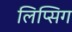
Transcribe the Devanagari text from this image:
लिप्सिग